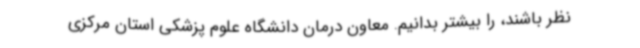
نظر باشند، را بیشتر بدانیم. معاون درمان دانشگاه علوم پزشکی استان مرکزی